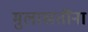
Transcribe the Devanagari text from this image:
मुलाखतींना